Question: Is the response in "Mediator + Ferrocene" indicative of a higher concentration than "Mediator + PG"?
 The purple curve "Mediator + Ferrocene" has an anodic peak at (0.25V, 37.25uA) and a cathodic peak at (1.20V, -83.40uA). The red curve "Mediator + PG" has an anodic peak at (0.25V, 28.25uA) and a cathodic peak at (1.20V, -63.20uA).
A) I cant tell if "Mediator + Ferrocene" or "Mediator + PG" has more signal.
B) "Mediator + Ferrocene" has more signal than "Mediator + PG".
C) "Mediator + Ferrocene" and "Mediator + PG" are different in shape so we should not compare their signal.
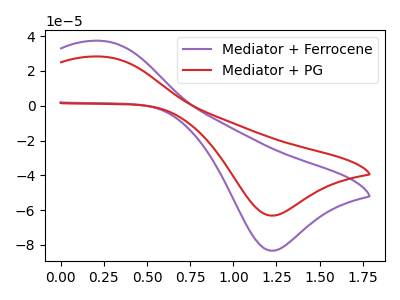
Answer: <think>All the peaks in "Mediator + Ferrocene" have a peak in "Mediator + PG" at the same potential. Every peak in "Mediator + Ferrocene" is higher than every peak in "Mediator + PG".
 </think>
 <answer>B) "Mediator + Ferrocene" has more signal than "Mediator + PG".</answer>
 <eval>B</eval>